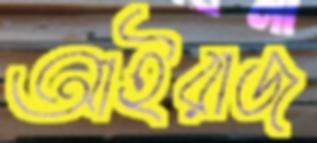
আইরাজ